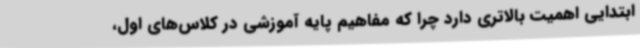
ابتدایی اهمیت بالاتری دارد چرا که مفاهیم پایه آموزشی در کلاس‌های اول،